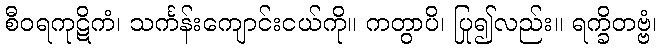
စီဝရကုဋိကံ၊ သင်္ကန်းကျောင်းငယ်ကို။ ကတွာပိ၊ ပြု၍လည်း။ ရက္ခိတဗ္ဗံ၊